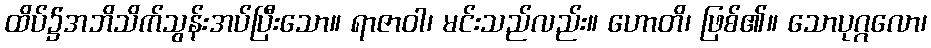
ထိပ်၌အဘိသိက်သွန်းအပ်ပြီးသော။ ရာဇာဝါ၊ မင်းသည်လည်း။ ဟောတိ၊ ဖြစ်၏။ သောပုဂ္ဂလော၊